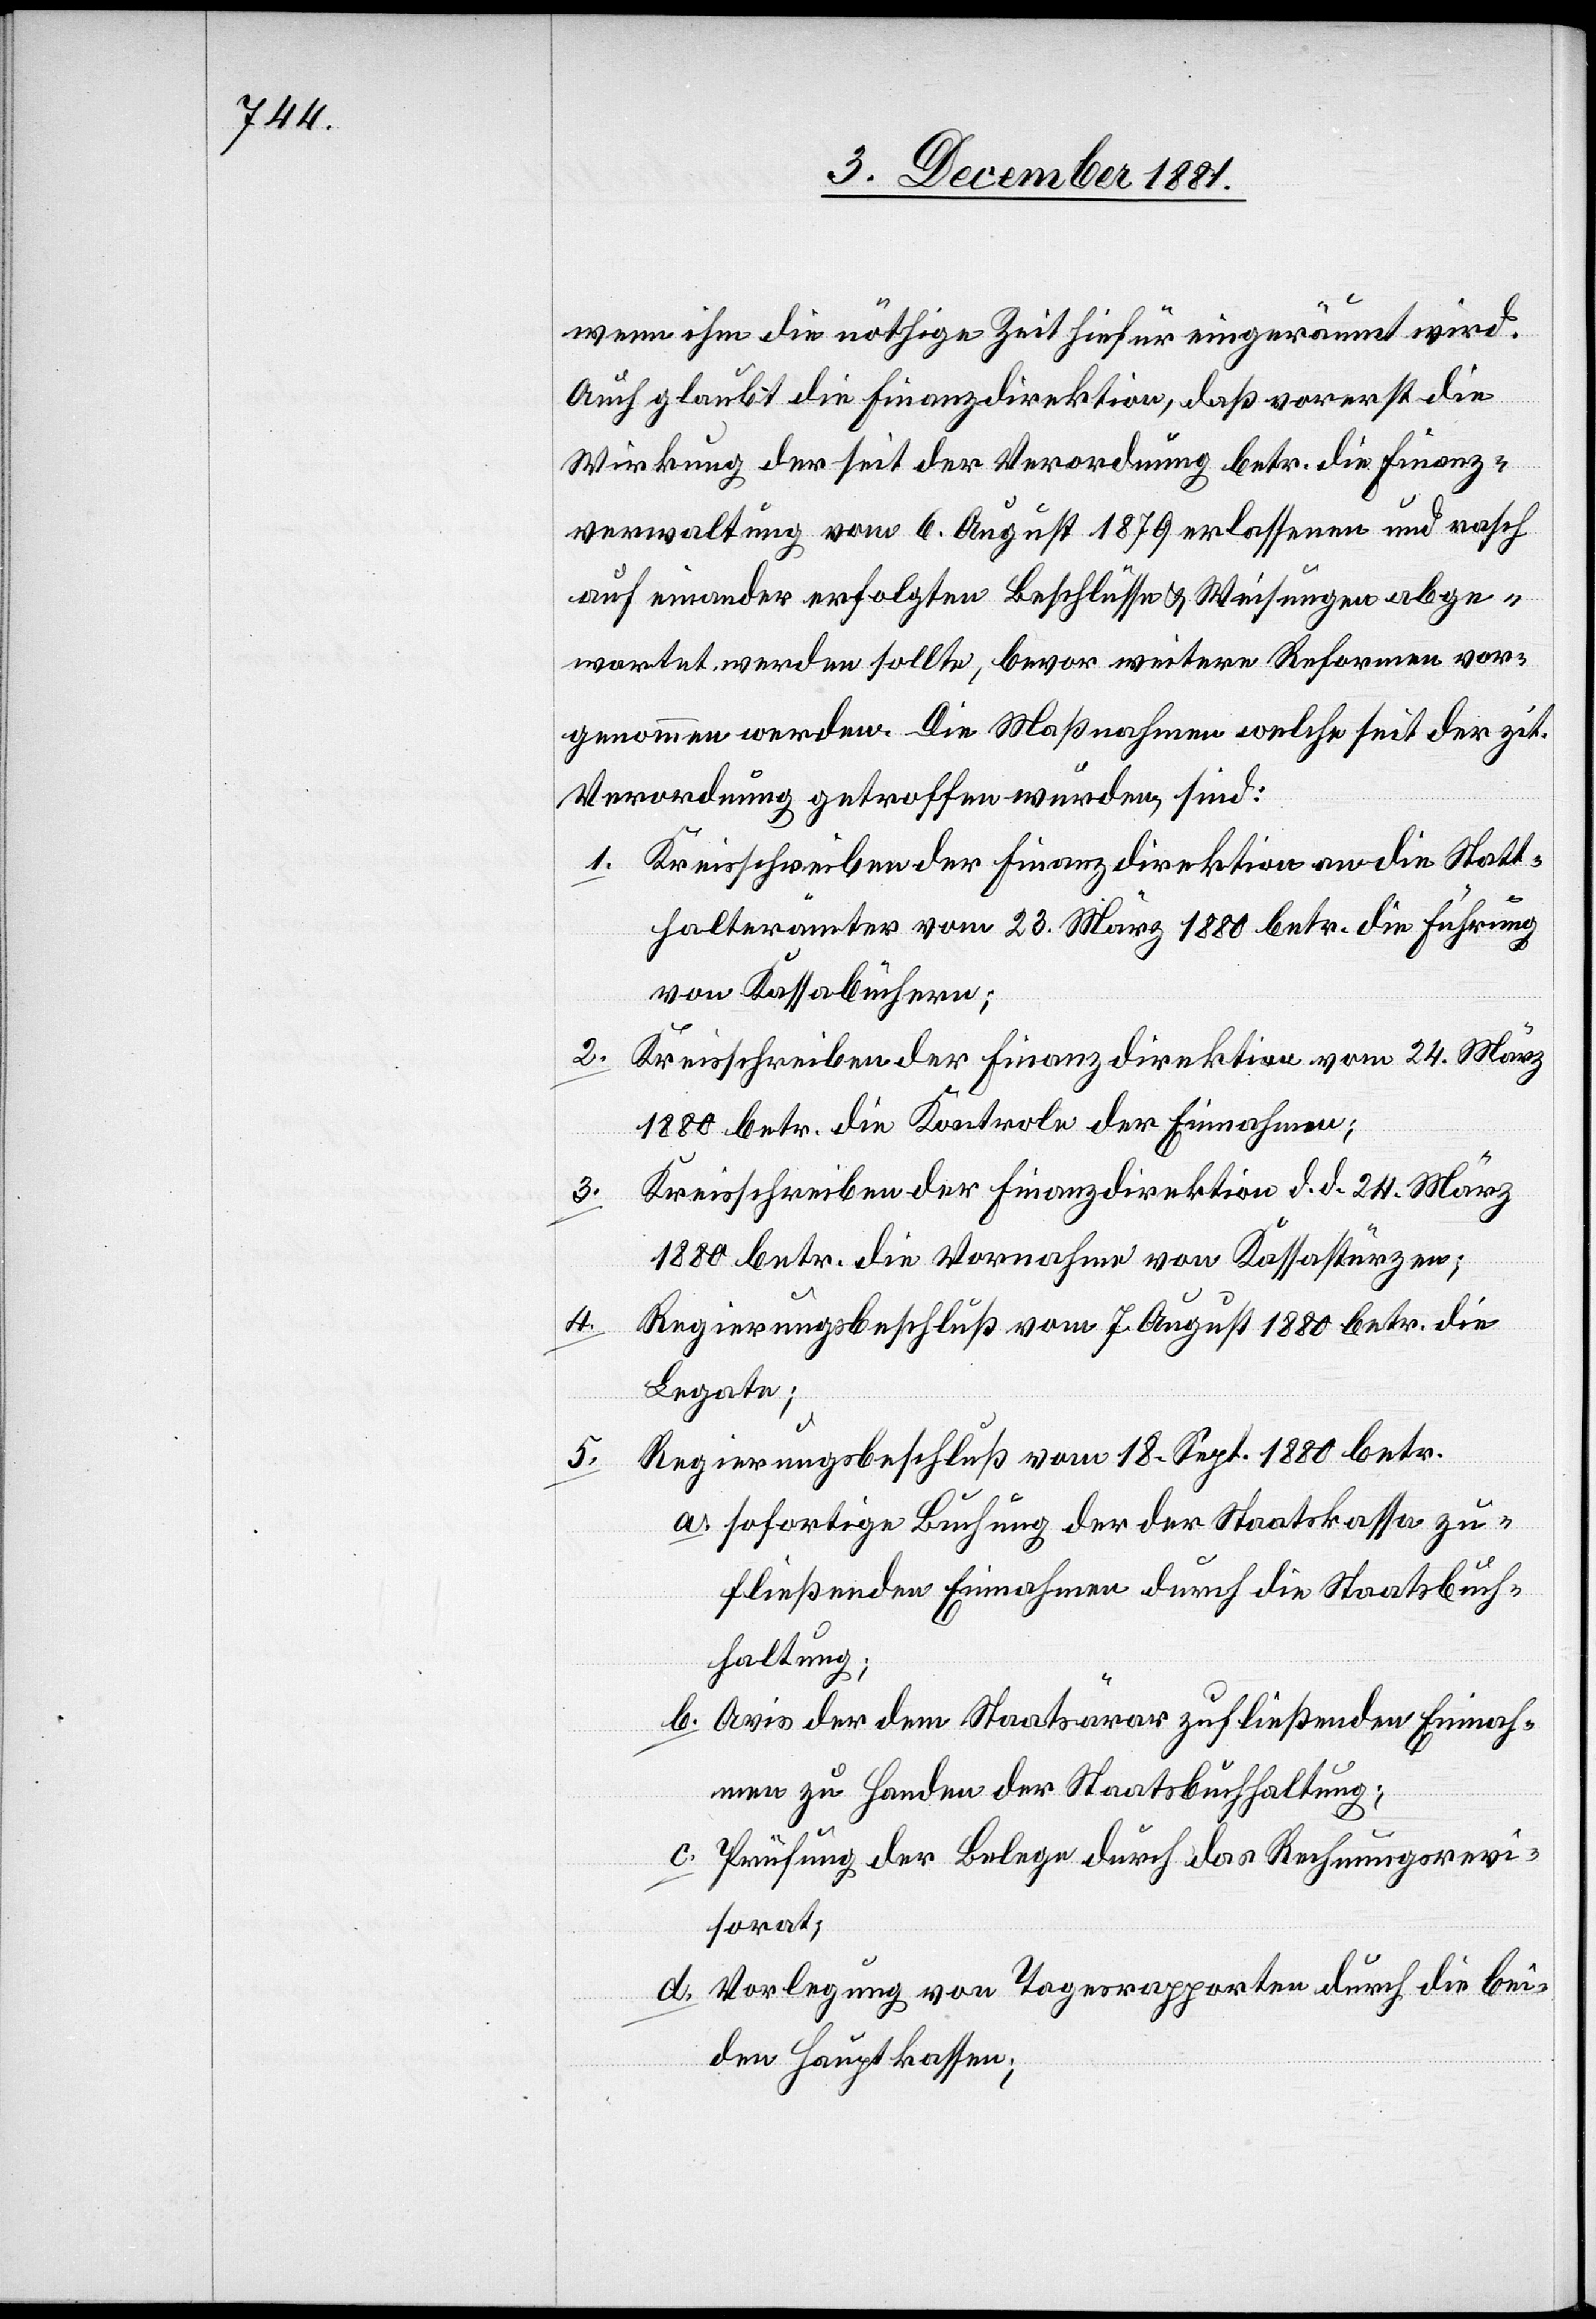
wenn ihm die nöthige Zeit hiefür eingeräumt wird.
Auch glaubt die Finanzdirektion, daß vorerst die
Wirkung der seit der Verordnung betr. die Finanz¬
verwaltung vom 6. August 1879 erlassenen und rasch
auf einander erfolgten Beschlüsse & Weisungen abge¬
wartet werden sollte, bevor weitere Reformen vor¬
genommen werden. Die Maßnahmen welche seit der zit.
Verordnung getroffen wurden, sind:
1. Kreisschreiben der Finanzdirektion an die Statt¬
halterämter vom 23. März 1880 betr. die Führung
von Kassabüchern;
2.
Kreisschreiben der Finanzdirektion vom 24. März
1880 betr. die Kontrole der Einnahmen;
Kreisschreiben der Finanzdirektion d. d. 24. März
3.
1880 betr. die Vornahme von Kassastürzen;
4.
Regierungsbeschluß vom 7. August 1880 betr. die
Legate;
Regierungsbeschluß vom 18. Sept. 1880 betr.
5.
a. sofortige Buchung der der Staatskassa zu¬
fließenden Einnahmen durch die Staatsbuch¬
haltung;
b. Avis der dem Staatsärar zufließenden Einnah¬
men zu Handen der Staatsbuchhaltung;
c.
Prüfung der Belege durch das Rechnungsrevi¬
sorat;
Vorlegung von Tagesrapporten durch die bei¬
den Hauptkassen;